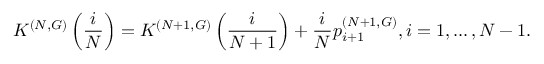
K ^ { ( N , G ) } \left( \frac { i } { N } \right) = K ^ { ( N + 1 , G ) } \left( \frac { i } { N + 1 } \right) + \frac { i } { N } p _ { i + 1 } ^ { ( N + 1 , G ) } , i = 1 , \dots , N - 1 .